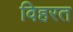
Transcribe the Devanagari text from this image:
विहरत